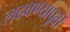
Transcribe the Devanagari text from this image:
लढवण्यापूर्वी